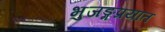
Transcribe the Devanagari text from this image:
भुजङ्गप्रयात